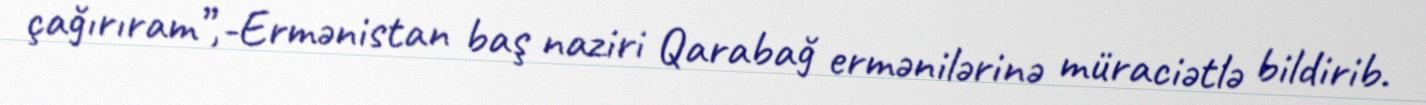
çağırıram”,-Ermənistan baş naziri Qarabağ ermənilərinə müraciətlə bildirib.